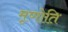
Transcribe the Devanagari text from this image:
मृणोति